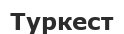
Туркест